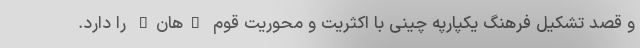
و قصد تشکیل فرهنگ یکپارپه چینی با اکثریت و محوریت قوم "هان" را دارد.